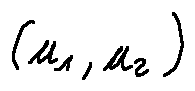
( u _ { 1 } , u _ { 2 } )